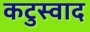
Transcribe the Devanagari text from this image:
कटुस्वाद